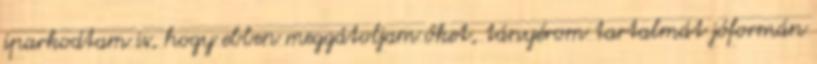
iparkodtam is, hogy ebben meggátoljam őket, tányérom tartalmát jóformán